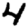
Digit: 4